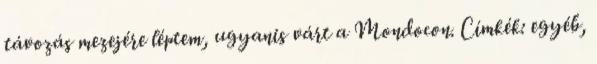
távozás mezejére léptem, ugyanis várt a Mondocon. Címkék: egyéb,